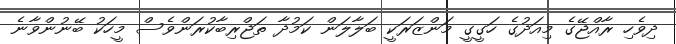
ދިވެހި ރާއްޖޭގެ މިއަދުގެ ހަގީގީ މަންޒަރަކީ ބަލާލަން ކަމުދާ ތަޖްރިބާކުރަންވެސް މީހަކު ބޭނުންވާނެ